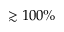
\gtrsim 1 0 0 \%